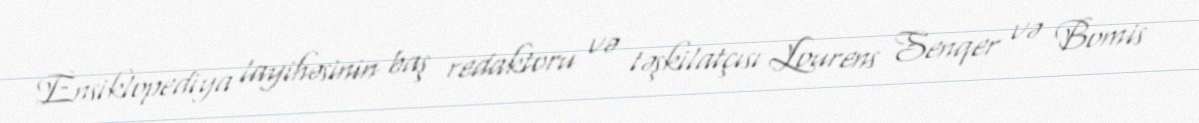
Ensiklopediya layihəsinin baş redaktoru və təşkilatçısı Lourens Senqer və Bomis